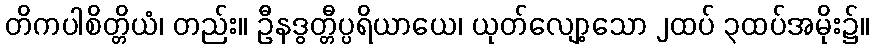
တိကပါစိတ္တိယံ၊ တည်း။ ဦနဒွတ္တီပ္ပရိယာယေ၊ ယုတ်လျော့သော ၂ထပ် ၃ထပ်အမိုး၌။